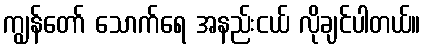
ကျွန်တော် သောက်ရေ အနည်းငယ် လိုချင်ပါတယ်။